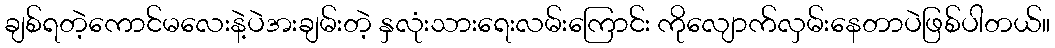
ချစ်ရတဲ့ကောင်မလေးနဲ့ပဲအးချမ်းတဲ့ နှလုံးသားရေးလမ်းကြောင်း ကိုလျောက်လှမ်းနေတာပဲဖြစ်ပါတယ်။